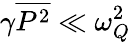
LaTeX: \gamma\overline{{P^{2}}}\ll\omega_{Q}^{2}